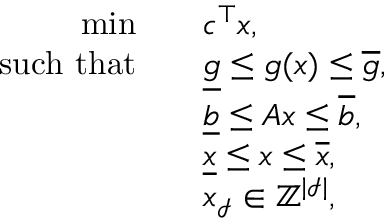
\begin{array} { r l } { \operatorname* { m i n } \quad } & { c ^ { \top } x , } \\ { \mathrm { s u c h \ t h a t } \quad } & { \underline { { g } } \leq g ( x ) \leq \overline { { g } } , } \\ & { \underline { { b } } \leq A x \leq \overline { { b } } , } \\ & { \underline { { x } } \leq x \leq \overline { { x } } , } \\ & { x _ { \mathcal { I } } \in \mathbb { Z } ^ { \vert \mathcal { I } \vert } , } \end{array}